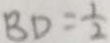
B D = \frac { 1 } { 2 }